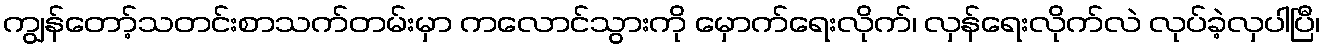
ကျွန်တော့်သတင်းစာသက်တမ်းမှာ ကလောင်သွားကို မှောက်ရေးလိုက်၊ လှန်ရေးလိုက်လဲ လုပ်ခဲ့လှပါပြီ၊